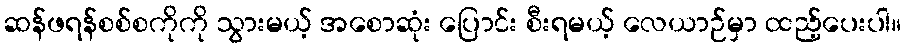
ဆန်ဖရန်စစ်စကိုကို သွားမယ့် အစောဆုံး ပြောင်း စီးရမယ့် လေယာဉ်မှာ ထည့်ပေးပါ။